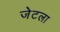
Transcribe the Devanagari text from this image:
जेटला